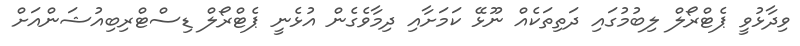
ވިދާޅުވީ ޕެޓްރޯލް ލިބުމުގައި ދަތިތަކެއް ނޫޅޭ ކަމަށާއި ދިމާވެގެން އުޅެނީ ޕެޓްރޯލް ޑިސްޓްރިބިއުޝަންއަށް